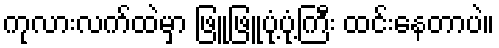
ကုလားလက်ထဲမှာ ဖြူဖြူပုံ့ပုံ့ကြီး ထင်းနေတာပဲ။